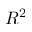
R ^ { 2 }